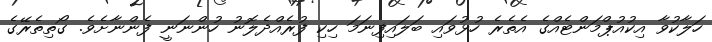
ހަލާކުވާ އިކުއުޕްމަންޓެއްގެ އެތެރެ ހުޅުވައި ބަލައިފިނަމަ ހިކި ފުރެއްދެލޮނު ހުންނަނީ ފެންނާށެވެ. ގޯތިތެރޭގެ